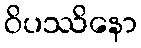
ဝိပဿိနော